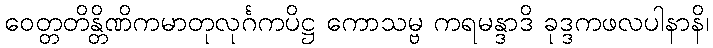
ဝေတ္တတိန္တိဏိကမာတုလုင်္ဂကပိဋ္ဌ ကောသမ္ဗ ကရမန္ဒာဒိ ခုဒ္ဒကဖလပါနာနိ၊